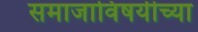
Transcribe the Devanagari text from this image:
समाजाविषयीच्या